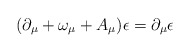
\begin{align*}(\partial_\mu +\omega_\mu + A_\mu)\epsilon=\partial_\mu\epsilon\end{align*}